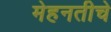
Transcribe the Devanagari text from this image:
मेहनतीचे